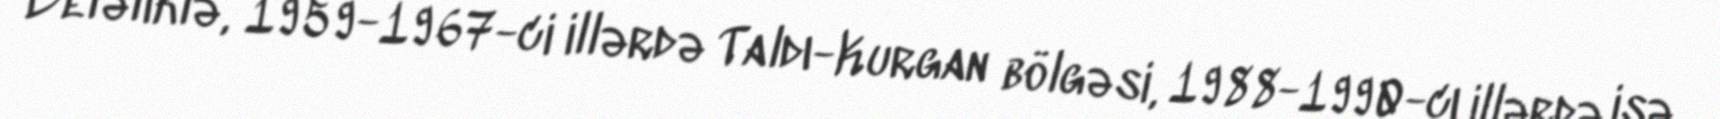
Beləliklə, 1959-1967-ci illərdə Taldı-Kurgan bölgəsi, 1988-1990-cı illərdə isə